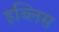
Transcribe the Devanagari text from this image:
इब्लिस